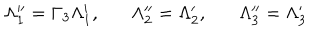
LaTeX: \Lambda _ { 1 } ^ { \prime \prime } = \Gamma _ { 3 } \Lambda _ { 1 } ^ { \prime } , \Lambda _ { 2 } ^ { \prime \prime } = \Lambda _ { 2 } ^ { \prime } , \Lambda _ { 3 } ^ { \prime \prime } = \Lambda _ { 3 } ^ { \prime }